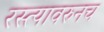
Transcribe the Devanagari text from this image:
रस्त्यावरुनच